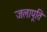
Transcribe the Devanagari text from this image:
जलापूति